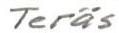
Teräs